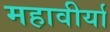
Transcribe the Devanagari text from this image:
महावीर्या